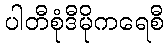
ပါတီစုံဒီမိုကရေစီ